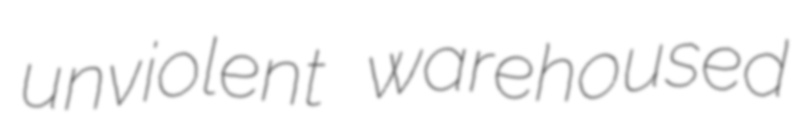
unviolent warehoused